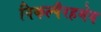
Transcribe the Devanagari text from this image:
विकल्पैरहमेव